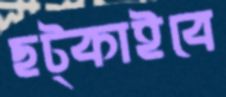
ছট্‌কাইবে